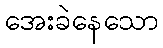
အေးခဲနေသော